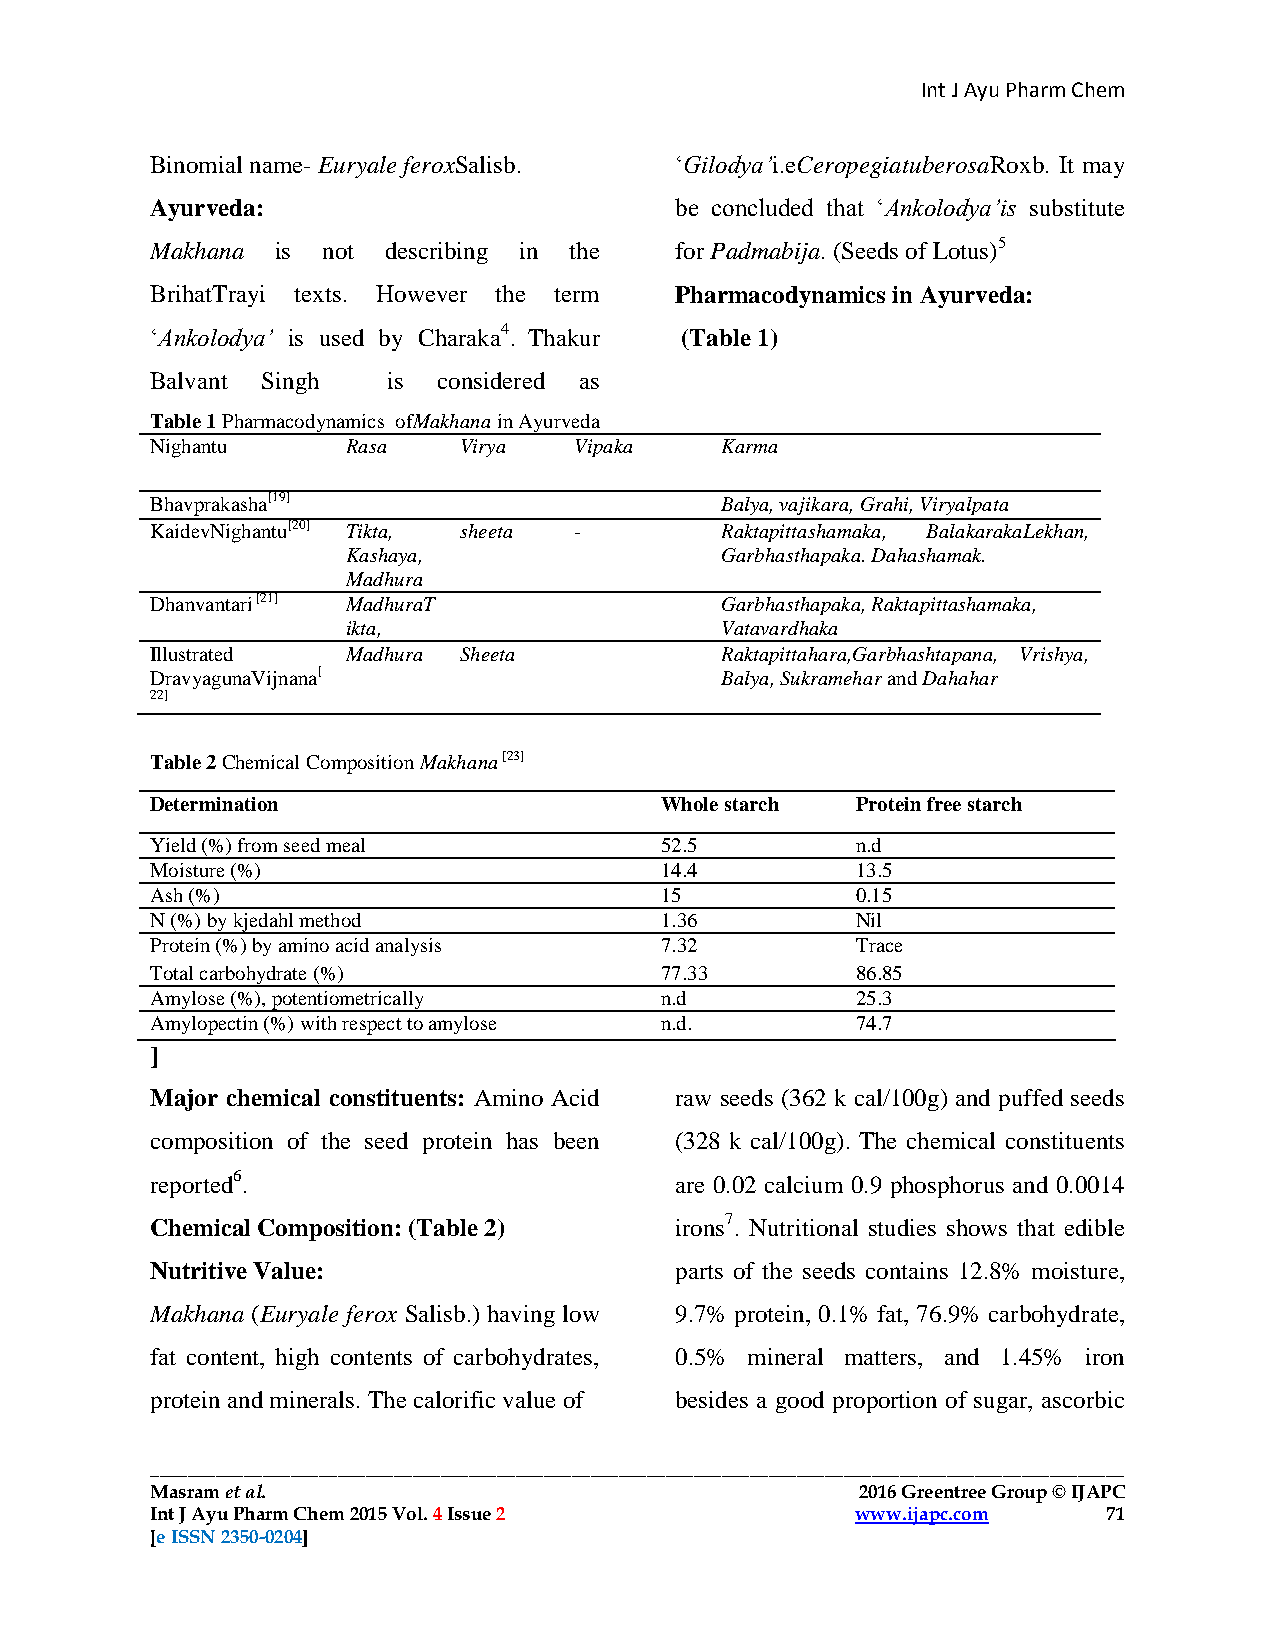
Int J Ayu Pharm Chem
 Binomial name- Euryale feroxSalisb. ‘Gilodya’i.eCeropegiatuberosaRoxb. It may
 Ayurveda:                          be concluded that ‘Ankolodya’is substitute
 Makhana is not describing in the   for Padmabija. (Seeds of Lotus)5
 BrihatTrayi texts. However the term Pharmacodynamics in Ayurveda:
 ‘Ankolodya’ is used by Charaka4. Thakur (Table 1)
 Balvant Singh   is considered as
 Table 1 Pharmacodynamics ofMakhana in Ayurveda
 Nighantu     Rasa   Virya   Vipaka    Karma
 Bhavprakasha[19]                      Balya, vajikara, Grahi, Viryalpata
 KaidevNighantu[20] Tikta, sheeta -    Raktapittashamaka, BalakarakaLekhan,
 Kashaya,                 Garbhasthapaka. Dahashamak.
 Madhura
 Dhanvantari [21] MadhuraT             Garbhasthapaka, Raktapittashamaka,
 ikta,                    Vatavardhaka
 Illustrated  Madhura Sheeta           Raktapittahara,Garbhashtapana, Vrishya,
 DravyagunaVijnana[                    Balya, Sukramehar and Dahahar
 22]
 Table 2 Chemical Composition Makhana [23]
 Determination                     Whole starch Protein free starch
 Yield (%) from seed meal          52.5         n.d
 Moisture (%)                      14.4         13.5
 Ash (%)                           15           0.15
 N (%) by kjedahl method           1.36         Nil
 Protein (%) by amino acid analysis 7.32        Trace
 Total carbohydrate (%)            77.33        86.85
 Amylose (%), potentiometrically   n.d          25.3
 Amylopectin (%) with respect to amylose n.d.   74.7
 ]
 Major chemical constituents: Amino Acid raw seeds (362 k cal/100g) and puffed seeds
 composition of the seed protein has been (328 k cal/100g). The chemical constituents
 reported6.                         are 0.02 calcium 0.9 phosphorus and 0.0014
 Chemical Composition: (Table 2)    irons7. Nutritional studies shows that edible
 Nutritive Value:                   parts of the seeds contains 12.8% moisture,
 Makhana (Euryale ferox Salisb.) having low 9.7% protein, 0.1% fat, 76.9% carbohydrate,
 fat content, high contents of carbohydrates, 0.5% mineral matters, and 1.45% iron
 protein and minerals. The calorific value of besides a good proportion of sugar, ascorbic
 ________________________________________________________________________________________________________
 Masram et al.                                  2016 Greentree Group © IJAPC     2015 Greentree Group © IJAPC
 Int J Ayu Pharm Chem 2015 Vol. 4 Issue 2       www.ijapc.com   71
 [e ISSN 2350-0204]